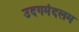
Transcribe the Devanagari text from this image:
उदगमंदलम